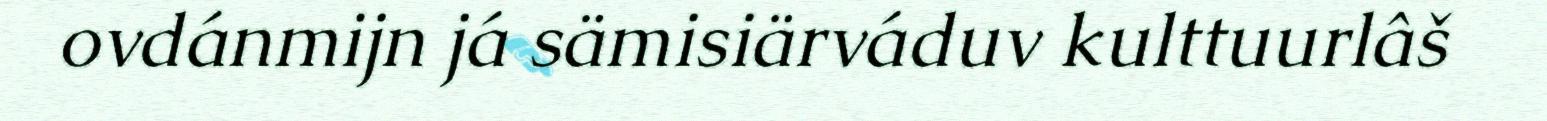
ovdánmijn já sämisiärváduv kulttuurlâš